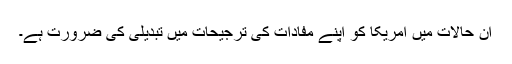
ان حالات میں امریکا کو اپنے مفادات کی ترجیحات میں تبدیلی کی ضرورت ہے۔